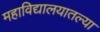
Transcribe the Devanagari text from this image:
महाविद्यालयातल्या